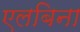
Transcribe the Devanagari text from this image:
एलबिना